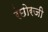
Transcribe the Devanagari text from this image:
रंछोरजी